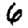
Digit: 6